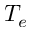
T _ { e }